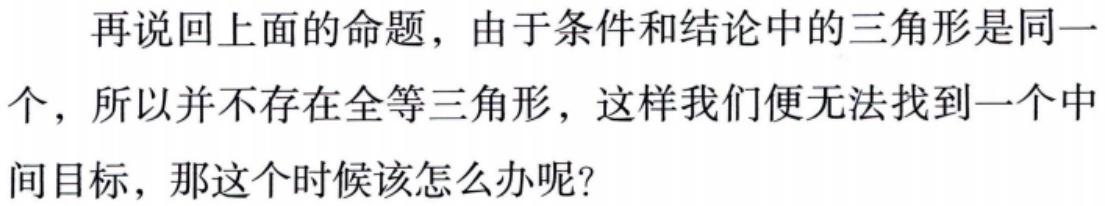
再说回上面的命题，由于条件和结论中的三角形是同一个，所以并不存在全等三角形，这样我们便无法找到一个中间目标，那这个时候该怎么办呢？